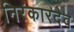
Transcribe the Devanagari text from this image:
निरंकारदेव